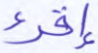
إقرء